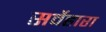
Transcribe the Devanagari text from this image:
सर्वेहारा